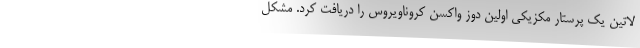
لاتین یک پرستار مکزیکی اولین دوز واکسن کروناویروس را دریافت کرد. مشکل